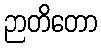
ဉာတိတော